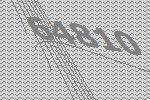
64810